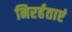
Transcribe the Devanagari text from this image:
निरर्हताएं